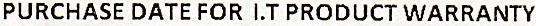
PURCHASE DATE FOR I.T PRODUCT WARRANTY